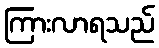
ကြားလာရသည်